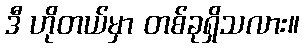
ဒီ ဟိုတယ်မှာ တစ်ခုရှိသလား။